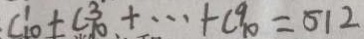
C _ { 1 0 } ^ { 1 } + C \frac { 3 } { 1 0 } + \cdots + C _ { 1 0 } ^ { 9 } = 5 1 2